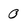
Character: 0